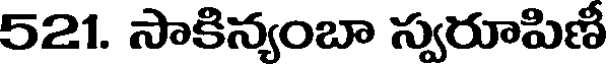
521. సాకిన్యంబా స్వరూపిణీ